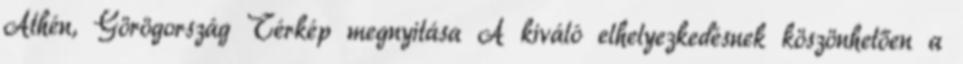
Athén, Görögország Térkép megnyitása A kiváló elhelyezkedésnek köszönhetően a